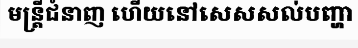
មន្ត្រីជំនាញ ហើយនៅសេសសល់បញ្ហា